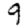
Digit: 9